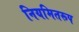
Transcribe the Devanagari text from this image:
नियमितरूप